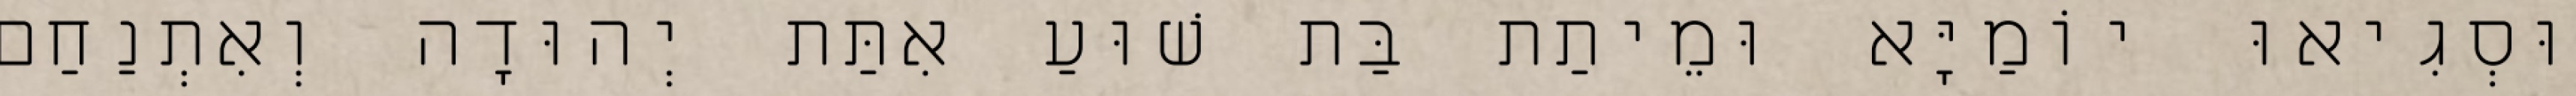
וּסְגִיאוּ יוֹמַיָּא וּמֵיתַת בַּת שׁוּעַ אִתַּת יְהוּדָה וְאִתְנַחַם